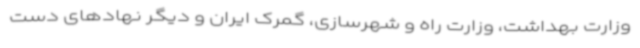
وزارت بهداشت، وزارت راه و شهرسازی، گمرک ایران و دیگر نهادهای دست